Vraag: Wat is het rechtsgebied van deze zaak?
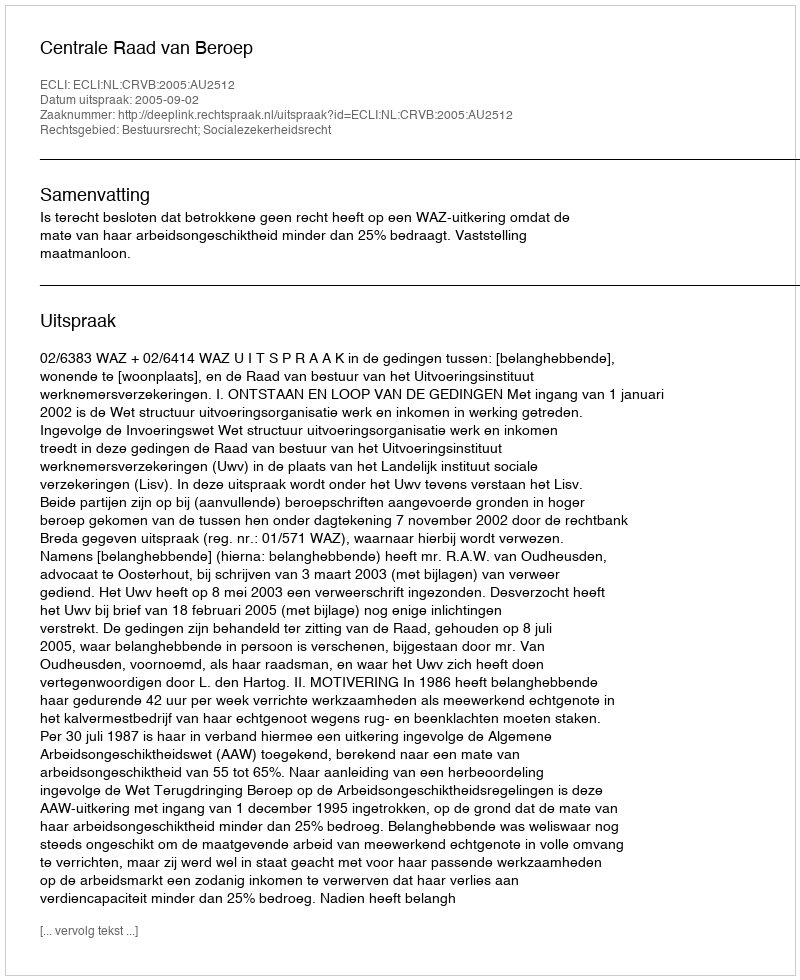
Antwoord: Bestuursrecht; Socialezekerheidsrecht